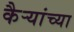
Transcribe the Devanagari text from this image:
कैऱ्यांच्या